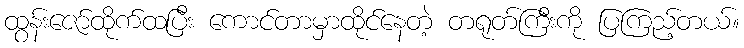
ထွန်းဇော်ထိုက်ထပြီး ကောင်တာမှာထိုင်နေတဲ့ တရုတ်ကြီးကို ပြကြည့်တယ်။